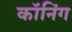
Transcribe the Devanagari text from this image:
कॉनिंग